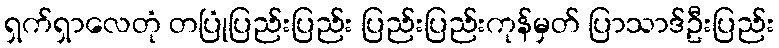
ရှက်ရှာလေတုံ တပြုံပြည်းပြည်း ပြည်းပြည်းကုန်မှတ် ပြာသာဒ်ဦးပြည်း